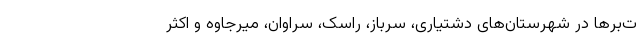
ت‌برها در شهرستان‌های دشتیاری، سرباز، راسک، سراوان، میرجاوه و اکثر